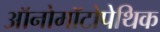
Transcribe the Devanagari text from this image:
ऑनोमॉटोपेथिक